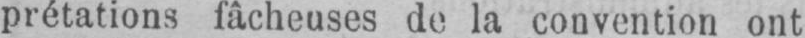
prétations fâcheuses de la convention ont